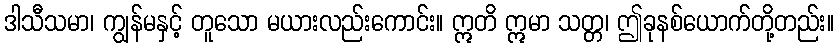
ဒါသီသမာ၊ ကျွန်မနှင့် တူသော မယားလည်းကောင်း။ ဣတိ ဣမာ သတ္တ၊ ဤခုနစ်ယောက်တို့တည်း။